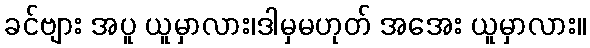
ခင်ဗျား အပူ ယူမှာလား၊ဒါမှမဟုတ် အအေး ယူမှာလား။